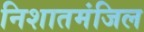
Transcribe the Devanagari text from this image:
निशातमंजिल